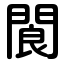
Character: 閬